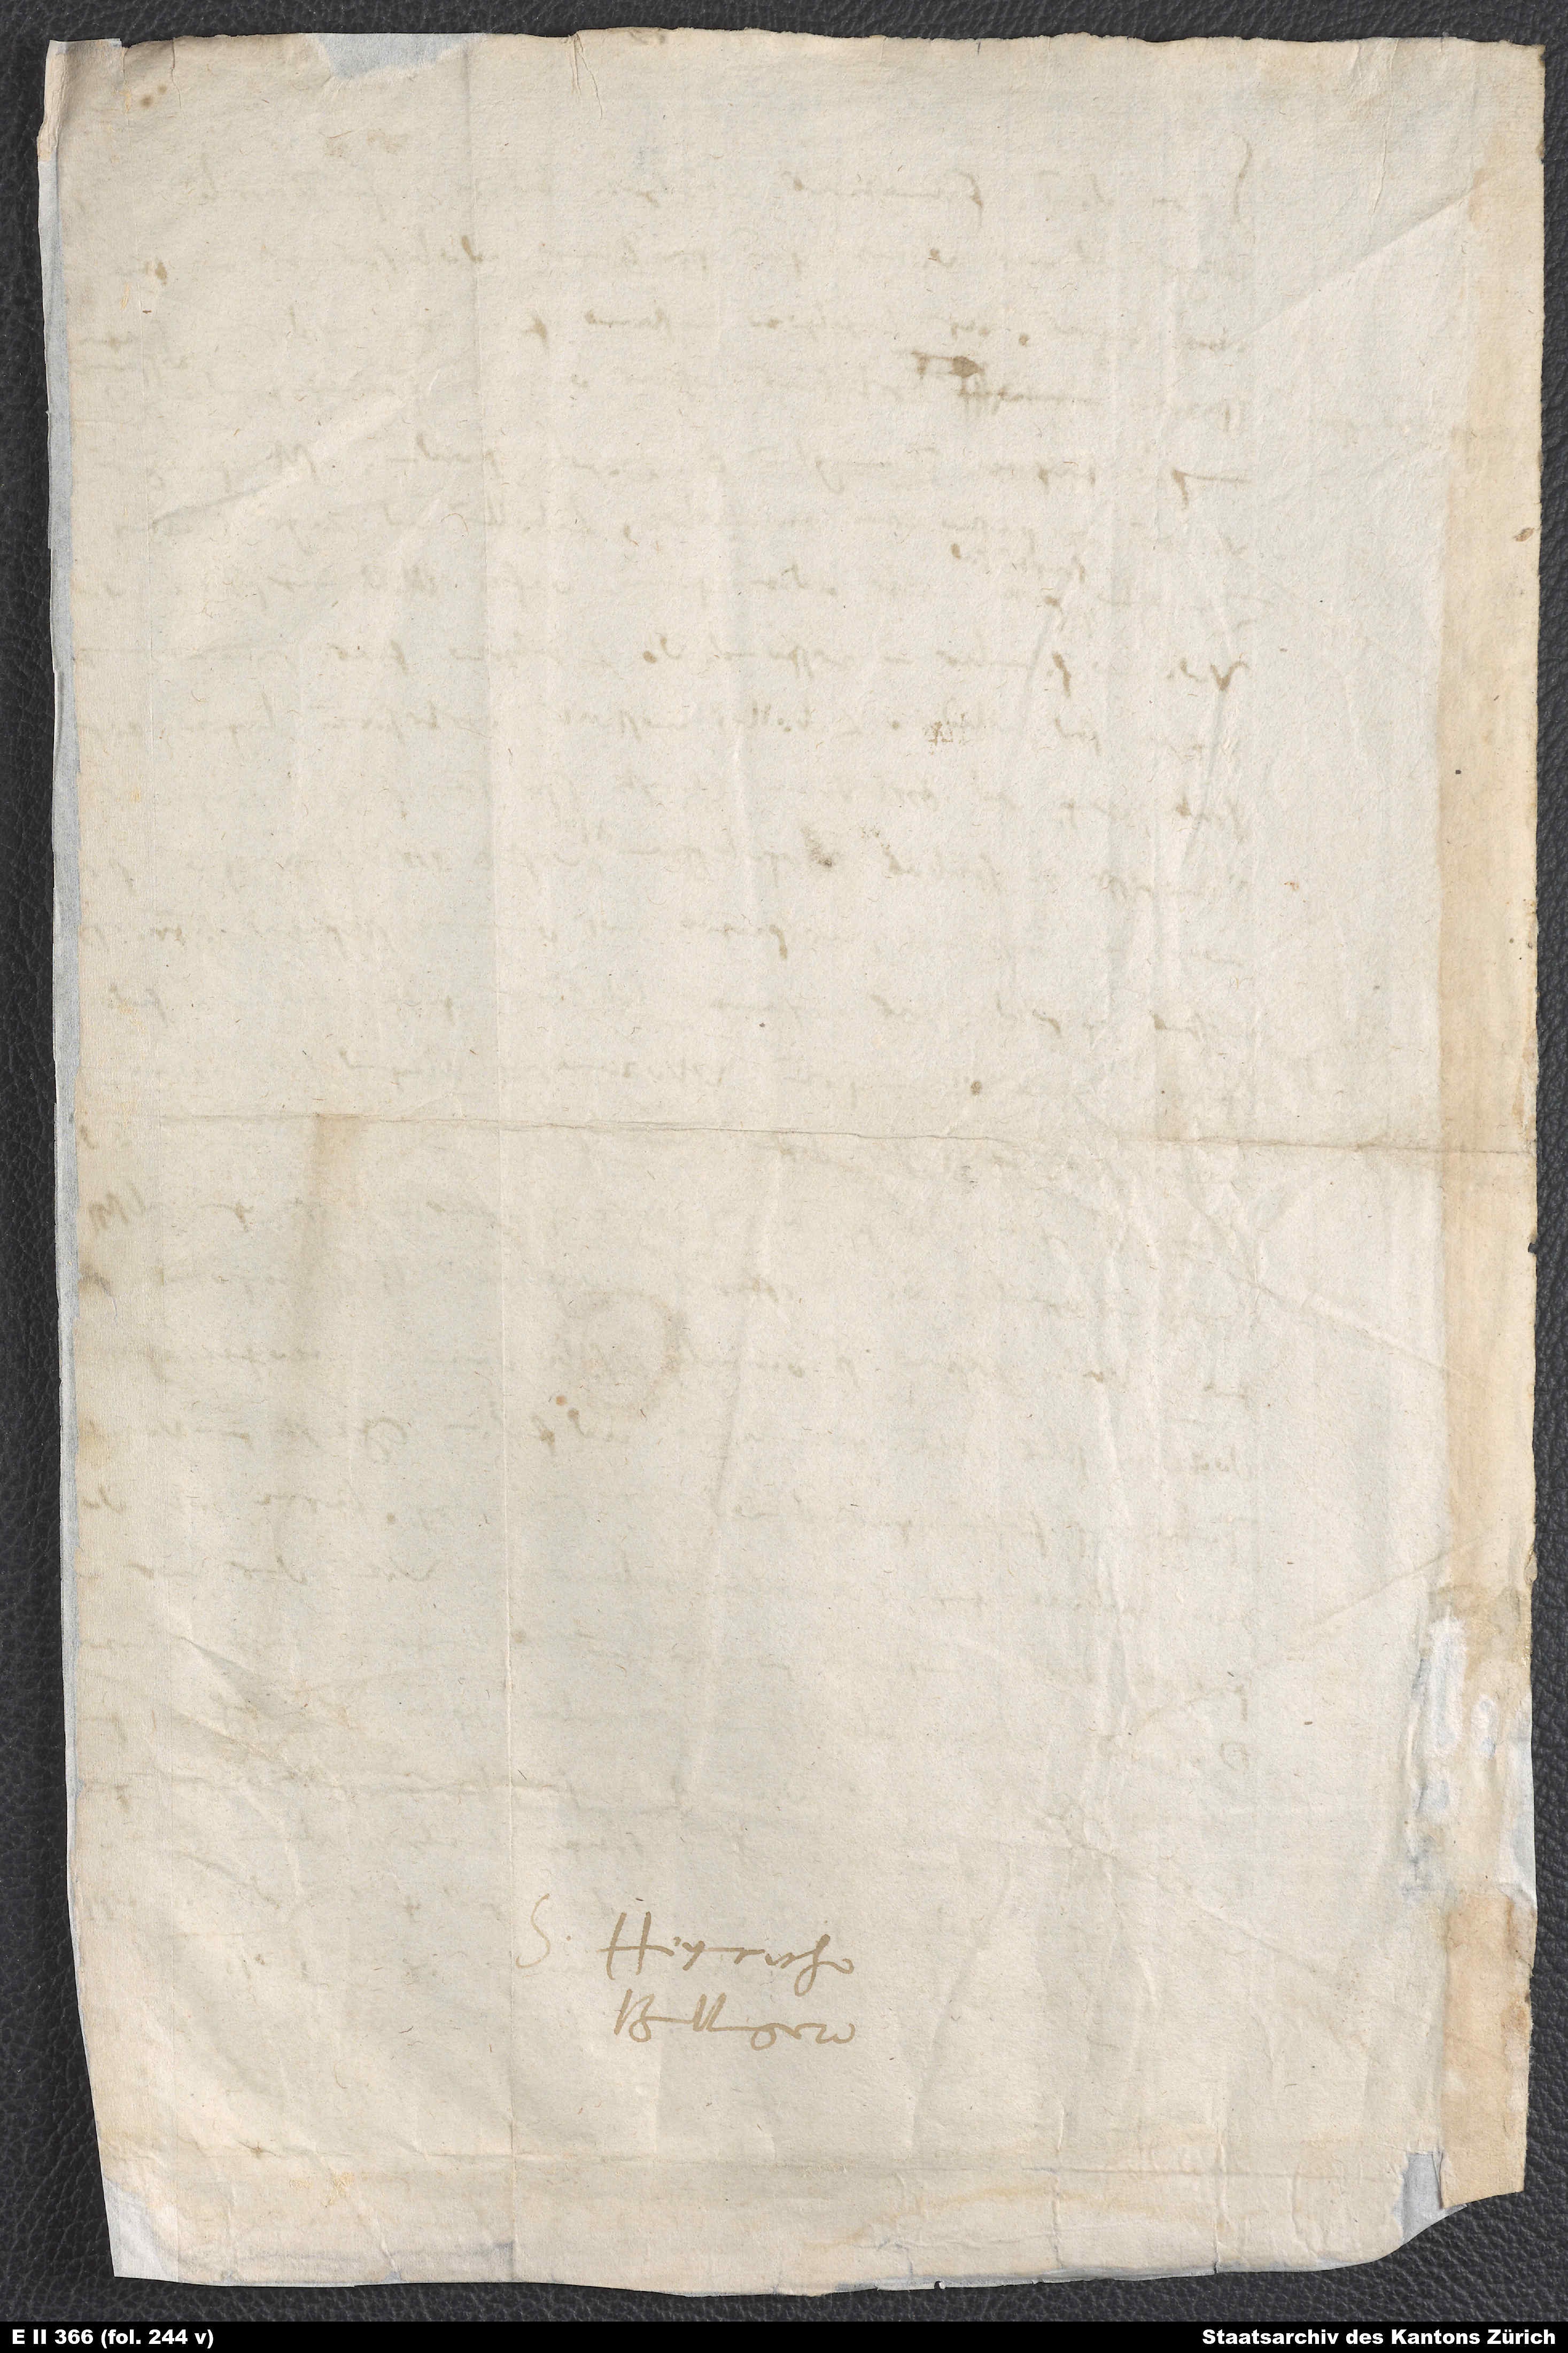
Heynricho
Bullingero.